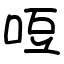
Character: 哣